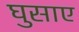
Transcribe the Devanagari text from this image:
घुसाए